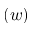
( w )